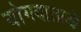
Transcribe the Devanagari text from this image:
योगदाताओं